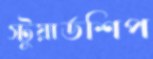
স্টুয়ার্ডশিপ